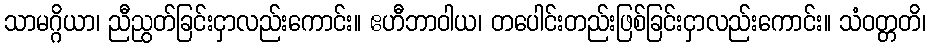
သာမဂ္ဂိယာ၊ ညီညွတ်ခြင်းငှာလည်းကောင်း။ ဧဟီဘာဝါယ၊ တပေါင်းတည်းဖြစ်ခြင်းငှာလည်းကောင်း။ သံဝတ္တတိ၊